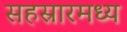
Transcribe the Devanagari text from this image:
सहस्रारमध्य